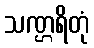
သဏ္ဌရိတုံ